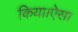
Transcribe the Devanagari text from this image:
किया।ऐसा